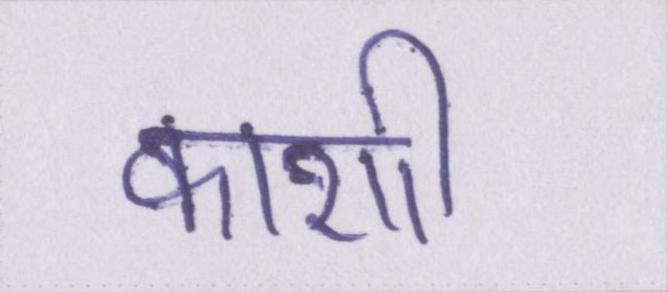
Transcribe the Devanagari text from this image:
काशी